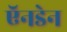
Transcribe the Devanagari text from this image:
ऍनडेन